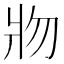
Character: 𰠐